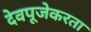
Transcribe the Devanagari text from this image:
देवपूजेकरता